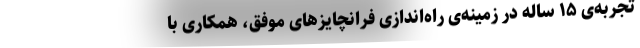
تجربه‌ی ۱۵ ساله در زمینه‌ی راه‌اندازی فرانچایزهای موفق، همکاری با